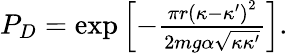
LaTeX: \begin{array}{r}{P_{D}=\exp\left[-\frac{\pi r\left(\kappa-\kappa^{\prime}\right)^{2}}{2mg\alpha\sqrt{\kappa\kappa^{\prime}}}\right].}\end{array}